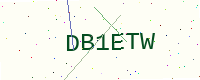
Text: DB1ETW